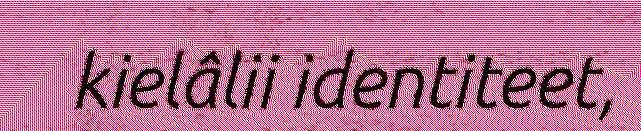
kielâlii identiteet,